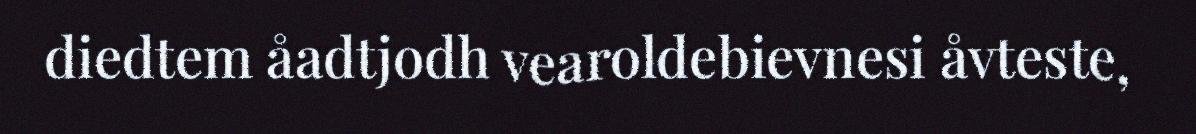
diedtem åadtjodh vearoldebievnesi åvteste,